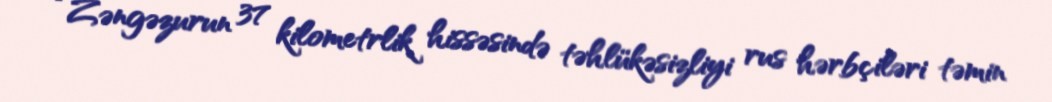
“Zəngəzurun 37 kilometrlik hissəsində təhlükəsizliyi rus hərbçiləri təmin